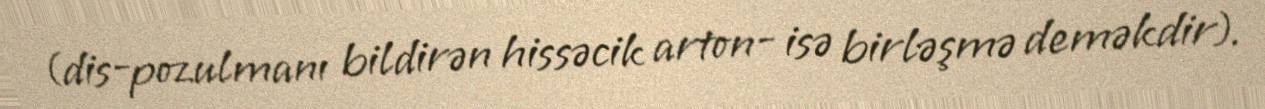
(dis-pozulmanı bildirən hissəcik arton- isə birləşmə deməkdir).